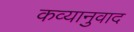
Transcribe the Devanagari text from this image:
कव्यानुवाद